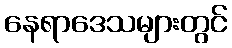
နေရာဒေသများတွင်